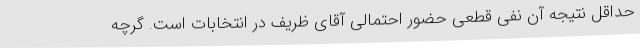
حداقل نتیجه آن نفی قطعی حضور احتمالی آقای ظریف در انتخابات است.‌ گرچه